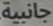
جانبية